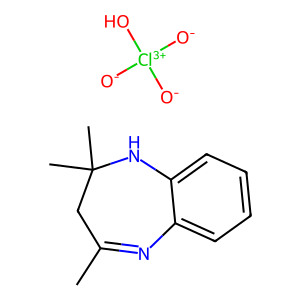
SMILES: CC1=Nc2ccccc2NC(C)(C)C1.[O-][Cl+3]([O-])([O-])O
Inhibits HIV replication: No